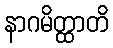
နာဂမိတ္ထာတိ